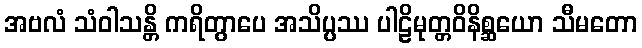
အဗလံ သံဝါသန္တိ ကရိတွာပေ အသိပ္ပဿ ပါဠိမုတ္တဝိနိစ္ဆယော သီမတော